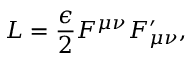
{ \cal L } = { \frac { \epsilon } { 2 } } F ^ { \mu \nu } F _ { \mu \nu } ^ { \prime } ,